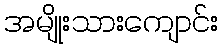
အမျိုးသားကျောင်း